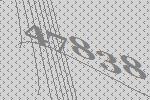
47838